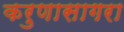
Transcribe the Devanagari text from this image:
करुणासागरा